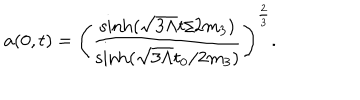
a ( 0 , t ) = \left( \frac { \sinh ( \sqrt { 3 \Lambda } t / 2 m _ { 3 } ) } { \sinh ( \sqrt { 3 \Lambda } t _ { 0 } / 2 m _ { 3 } ) } \right) ^ { \frac { 2 } { 3 } } .